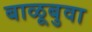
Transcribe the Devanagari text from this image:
बाळूबुवा